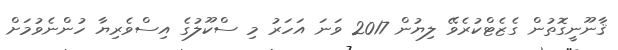
ޤާނޫނީގޮތުން ގެޒެޓްކުރެވޭ ލިޔުން 2017 ވަނަ އަހަރު މި ސްކޫލުގެ އިސްވެރިޔާ ހުންނެވުމަށް